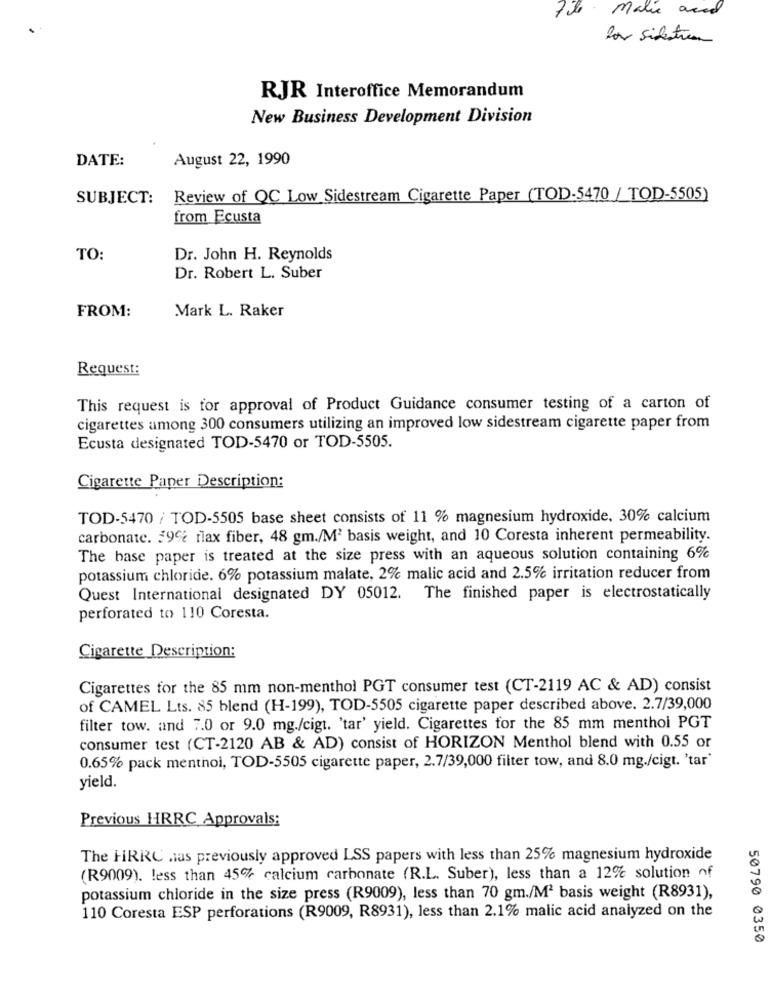
File Malie acid
los Silestrenn
RJR Interoffice Memorandum
New Business Development Division
DATE:
August 22, 1990
SUBJECT:
Review of QC Low Sidestream Cigarette Paper (TOD-5470 / TOD-5505)
from Ecusta
TO:
Dr. John H. Reynolds
Dr. Robert L. Suber
Mark L. Raker
FROM:
Request:
This request is for approval of Product Guidance consumer testing of a carton of
cigarettes among 300 consumers utilizing an improved low sidestream cigarette paper from
Ecusta designated TOD-5470 or TOD-5505.
Cigarette Paper Description:
TOD-5470 / TOD-5505 base sheet consists of 11 % magnesium hydroxide, 30% calcium
carbonate. $9% rlax fiber, 48 gm./M2 basis weight, and 10 Coresta inherent permeability.
The base paper is treated at the size press with an aqueous solution containing 6%
potassium chloride. 6% potassium malate, 2% malic acid and 2.5% irritation reducer from
Quest International designated DY 05012. The finished paper is electrostatically
perforated to 110 Coresta.
Cigarette Description:
Cigarettes for the 85 mm non-menthol PGT consumer test (CT-2119 AC & AD) consist
of CAMEL Lts. 85 blend (H-199), TOD-5505 cigarette paper described above. 2.7/39,000
filter tow. and 7.0 or 9.0 mg./cigt. 'tar' yield. Cigarettes for the 85 mm menthol PGT
consumer test (CT-2120 AB & AD) consist of HORIZON Menthol blend with 0.55 or
0.65% pack menthol, TOD-5505 cigarette paper, 2.7/39,000 filter tow, and 8.0 mg./cigt. 'tar'
yield.
Previous HRRC Approvals:
The HRRC nas previously approved LSS papers with less than 25% magnesium hydroxide
(R9009). less than 45% calcium carbonate (R.L. Suber), less than a 12% solution of
potassium chloride in the size press (R9009), less than 70 gm./M2 basis weight (R8931),
110 Coresta ESP perforations (R9009, R8931), less than 2.1% malic acid analyzed on the
50790 0350